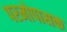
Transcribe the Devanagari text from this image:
परमोपासक